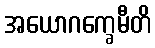
အယောဂက္ခေမီတိ